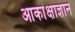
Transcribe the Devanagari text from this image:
आकांक्षाज्ञान